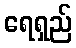
ရေရှည်